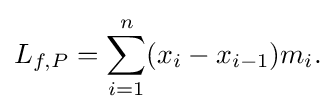
L_{f,P}=\sum _{i=1}^{n}(x_{i}-x_{i-1})m_{i}.\,\!